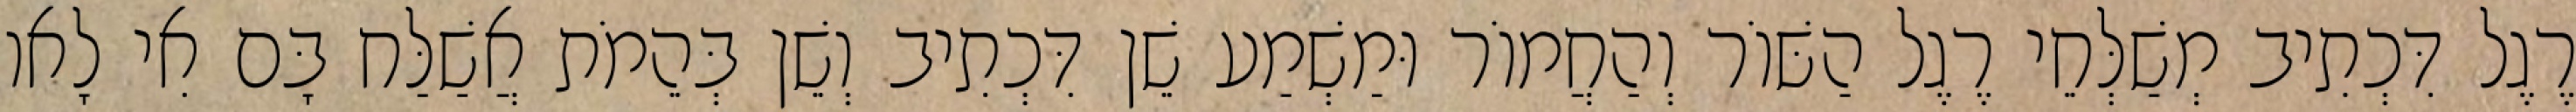
רֶגֶל דִּכְתִיב מְשַׁלְּחֵי רֶגֶל הַשּׁוֹר וְהַחֲמוֹר וּמַשְׁמַע שֵׁן דִּכְתִיב וְשֵׁן בְּהֵמֹת אֲשַׁלַּח בָּם אִי לָאו